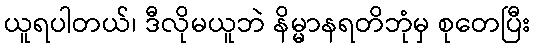
ယူရပါတယ်၊ ဒီလိုမယူဘဲ နိမ္မာနရတိဘုံမှ စုတေပြီး